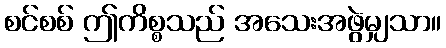
စင်စစ် ဤကိစ္စသည် အသေးအဖွဲမျှသာ။